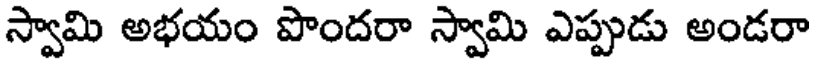
స్వామి అభయం పొందరా స్వామి ఎప్పుడు అండరా